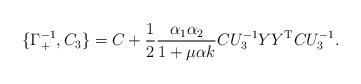
LaTeX: \begin{align*}\{ \Gamma_+^{-1} , C_3\} = C + \frac{1}{2} \frac{\alpha_1 \alpha_2}{1 + \mu \alpha k} C U_3^{-1} Y Y^{\rm T} CU_3^{-1}.\end{align*}